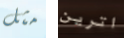
مثل اترين